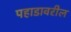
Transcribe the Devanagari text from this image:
पहाडावरील